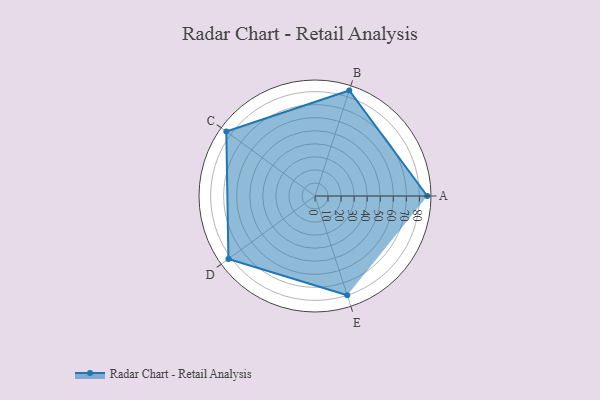
{"axis": {"x": "Skill", "y": "Score"}, "legend": ["Profile"], "data": [{"x": "A", "y": 86.0, "type": "Profile"}, {"x": "B", "y": 85.0, "type": "Profile"}, {"x": "C", "y": 84.0, "type": "Profile"}, {"x": "D", "y": 82.0, "type": "Profile"}, {"x": "E", "y": 80.0, "type": "Profile"}]}